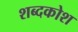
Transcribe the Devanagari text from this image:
शब्‍दकोश